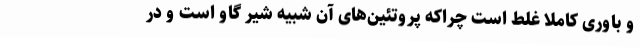
و باوری کاملا غلط است چراکه پروتئین‌های آن شبیه شیر گاو است و در